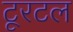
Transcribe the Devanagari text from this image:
टूरटल